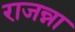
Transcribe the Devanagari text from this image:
राजन्ना